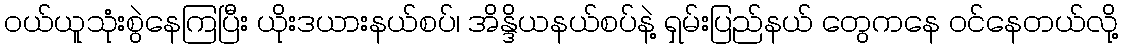
ဝယ်ယူသုံးစွဲနေကြပြီး ယိုးဒယားနယ်စပ်၊ အိန္ဒိယနယ်စပ်နဲ့ ရှမ်းပြည်နယ် တွေကနေ ဝင်နေတယ်လို့